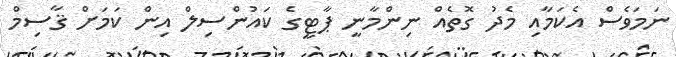
ނަމަވެސް އެކަމާއި މެދު ގޮތެއް ނިންމާނީ ޕާޓީގެ ކައުންސިލް އިން ކަމަށް ޤާސިމް